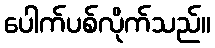
ပေါက်ပစ်လိုက်သည်။